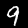
Digit: 9